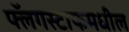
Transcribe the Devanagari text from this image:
फ्लॅगस्टाफमधील